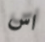
اس